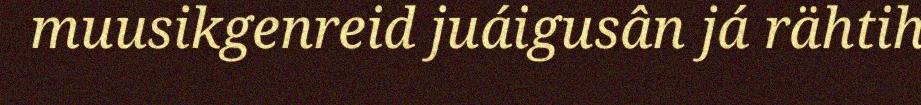
muusikgenreid juáigusân já rähtih